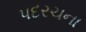
પદરચના